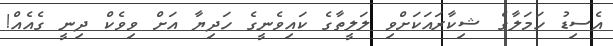
އެސިޑު ހަމަލާގެ ޝިކާރައަކަށްވި ލަލީތާގެ ކައިވެނީގެ ހަދިޔާ އަށް ވިވެކް ދިނީ ގެއެއް!